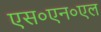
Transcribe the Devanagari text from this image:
एस०एन०एल